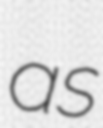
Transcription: as